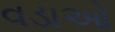
વડાઓ